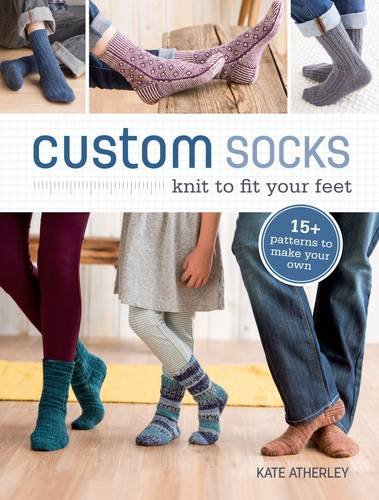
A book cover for Custom Socks: Knit to Fit Your Feet; Kate Atherley; Crafts, Hobbies & Home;